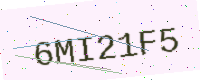
Text: 6MI21F5